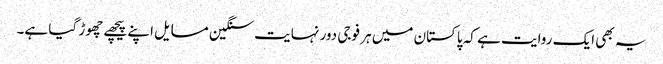
یہ بھی ایک روایت ہے کہ پاکستان میں ہر فوجی دور نہایت سنگین مسایل اپنے پیچھے چھوڑ گیا ہے۔